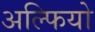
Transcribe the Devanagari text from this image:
अल्फियो